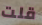
قلت